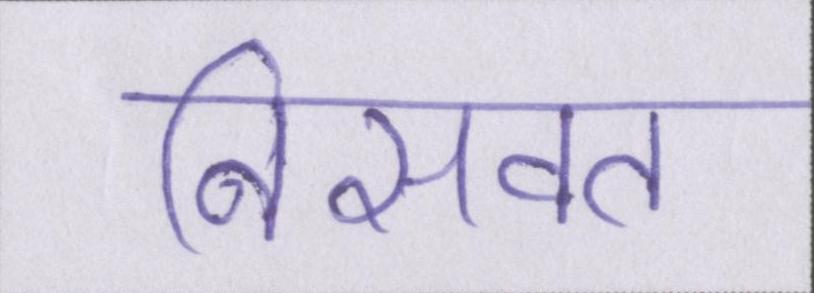
निसवत